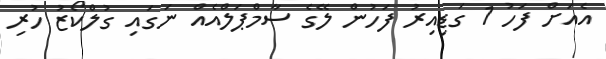
އެއަށް ފަހު 1 ގަޑިއިރު ފަހުން ލޭގެ ސާމްޕަލްއެއް ނަގައި ގުލްކޯޒު ހުރި